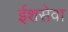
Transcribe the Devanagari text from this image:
ईशसेवा